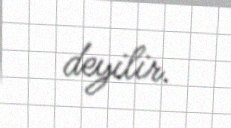
deyilir.